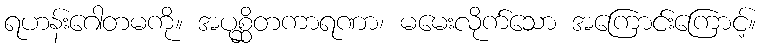
ရဟန်းဂေါတမကို။ အပုစ္ဆိတကာရဏာ၊ မမေးလိုက်သော အကြောင်းကြောင့်။